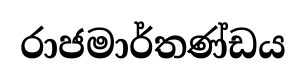
රාජමාර්තණ්ඩය